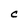
Character: C